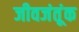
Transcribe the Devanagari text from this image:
जीवजंतूंक